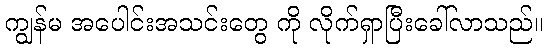
ကျွန်မ အပေါင်းအသင်းတွေ ကို လိုက်ရှာပြီးခေါ်လာသည်။